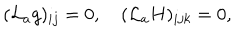
( { \cal L } _ { a } g ) _ { i j } = 0 , ( { \cal L } _ { a } H ) _ { i j k } = 0 ,